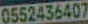
0552436407